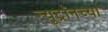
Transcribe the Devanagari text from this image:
न्यूट्रॉनच्या